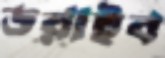
ডরাইব